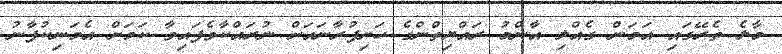
މާލެ ތެރޭގައި އަމަން ގެއްލި އާންމު ރައްޔިތުްންގެ ހަށިފުރާނައަށް ނުރައްކާވެފައިވާ ކަަމަށް އެމަނިކުފާނު